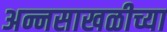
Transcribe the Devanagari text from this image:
अन्नसाखळीच्या